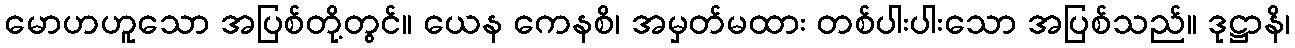
မောဟဟူသော အပြစ်တို့တွင်။ ယေန ကေနစိ၊ အမှတ်မထား တစ်ပါးပါးသော အပြစ်သည်။ ဒုဋ္ဌာနိ၊